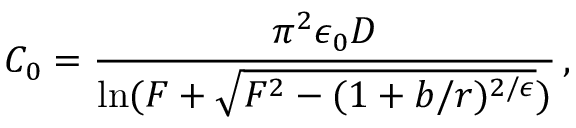
C _ { 0 } = \frac { \pi ^ { 2 } \epsilon _ { 0 } D } { \ln ( F + \sqrt { F ^ { 2 } - ( 1 + b / r ) ^ { 2 / \epsilon } } ) } \, ,